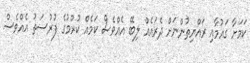
ކަމަށާ ގައުމާއި ރައްޔިތުންނަށް ދެރައެއް ލިބޭ އެއްވެސް ކަމެއް ކުރުމުގެ ފުރުސަތު އެއްވެސް